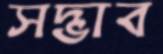
সদ্ভাব